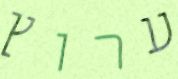
ערוץ